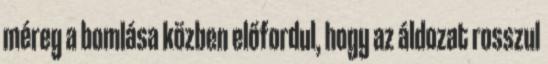
méreg a bomlása közben előfordul, hogy az áldozat rosszul